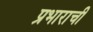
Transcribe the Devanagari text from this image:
प्रभाराची